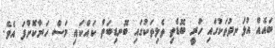
ބައެއް އުޅަނދުތަކުގައި ހުރީ ބޮޑެތި ތެލިތަކުގައި ބޮނޑިބަތް ކައްކައި މަސް ހަނާކޮށްފަ އެވެ.